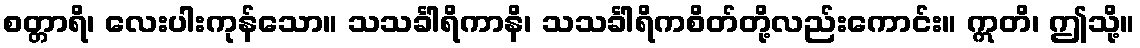
စတ္တာရိ၊ လေးပါးကုန်သော။ သသင်္ခါရိကာနိ၊ သသင်္ခါရိကစိတ်တို့လည်းကောင်း။ ဣတိ၊ ဤသို့။